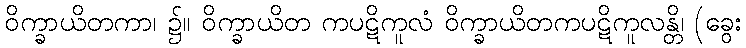
ဝိက္ခာယိတကာ၊ ၌။ ဝိက္ခာယိတ ကပဋိကူလံ ဝိက္ခာယိတကပဋိကူလန္တိ၊ (ခွေး